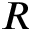
R